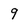
Character: 9